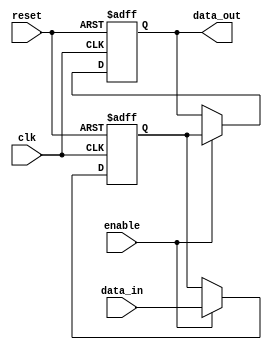
module disable_block (
    input wire clk,               // Clock signal
    input wire reset,             // Reset signal
    input wire enable,            // Control signal to enable/disable the block
    input wire [7:0] data_in,     // Input data
    output reg [7:0] data_out     // Output data
);

// Internal state variable
reg [7:0] internal_state;

// Always block for behavioral modeling
always @(posedge clk or posedge reset) begin
    if (reset) begin
        // Reset the internal state and output
        internal_state <= 8'b0;
        data_out <= 8'b0;
    end else if (enable) begin
        // Normal operation: update internal state and output
        internal_state <= data_in; // Example operation: store input data
        data_out <= internal_state; // Output the internal state
    end else begin
        // Disabled state: retain previous output
        data_out <= data_out; // No change to output
    end
end

endmodule